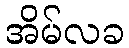
အိမ်လခ